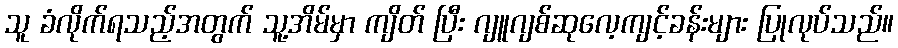
သူ ခံလိုက်ရသည့်အတွက် သူ့အိမ်မှာ ကျိတ် ပြီး ဂျူဂျစ်ဆုလေ့ကျင့်ခန်းများ ပြုလုပ်သည်။